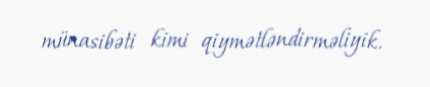
münasibəti kimi qiymətləndirməliyik.